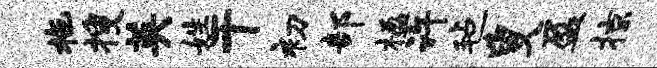
拖搜英姓干初部楹许毡叟盈掠